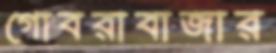
গোবরাবাজার